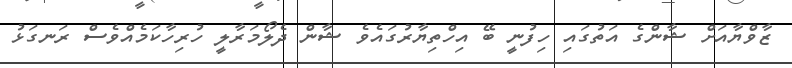
ޒާވްޔާއަށް ޝާންގެ އަތުގައި ހިފުނީ ބޭ އިހްތިޔާރުގައެވެ ޝާން ދެލޯމަރާލީ ހުރިހާކަމެއްވެސް ރަނގަޅު